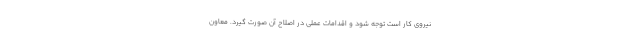
نیروی کار است توجه شود و اقدامات عملی در اصلاح آن صورت گیرد. معاون